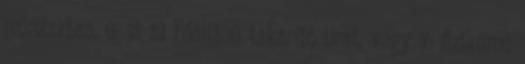
műszakban, 6: 15-19 Főállású takarító Urat, vagy jó fizikumú